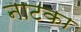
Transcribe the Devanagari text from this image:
नाटका